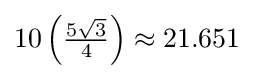
10\left({\tfrac {5{\sqrt {3}}}{4}}\right)\approx 21.651